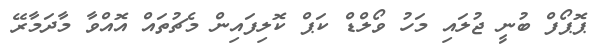
ޕޮޕޯފް ބުނީ ޖުލައި މަހު ވޯލްޑް ކަޕް ކޮލިފައިން މެޗުތައް އޮއްވާ މާދަމާރޭ